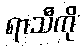
ရာသီကို